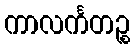
ကာလင်္ကတဉ္စ